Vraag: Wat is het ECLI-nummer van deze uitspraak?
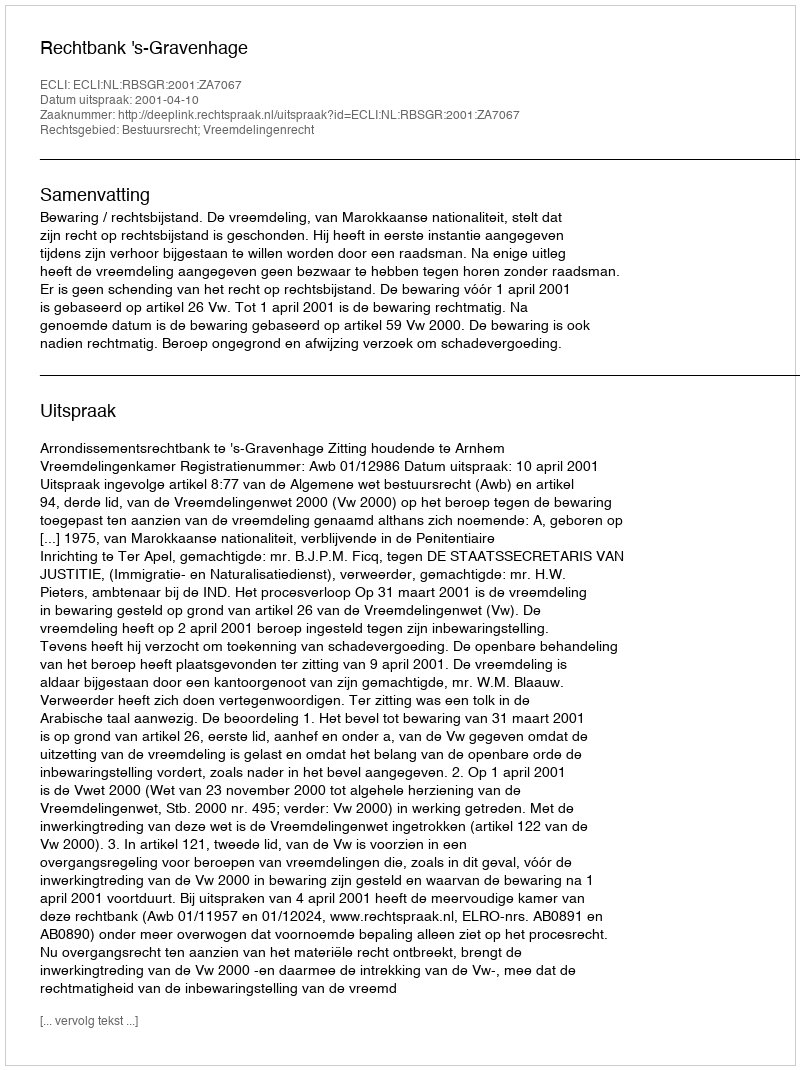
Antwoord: ECLI:NL:RBSGR:2001:ZA7067